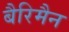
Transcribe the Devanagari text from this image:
बैरिमैन